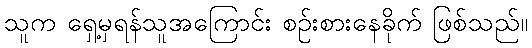
သူက ရှေ့မှရန်သူအကြောင်း စဉ်းစားနေခိုက် ဖြစ်သည်။